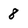
Character: 8